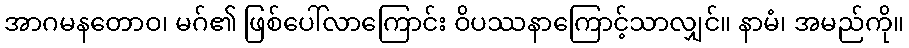
အာဂမနတောဝ၊ မဂ်၏ ဖြစ်ပေါ်လာကြောင်း ဝိပဿနာကြောင့်သာလျှင်။ နာမံ၊ အမည်ကို။